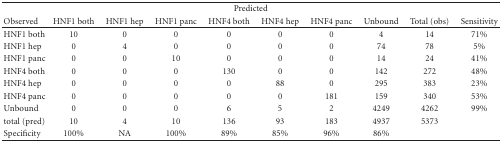
<table><thead><tr><td colspan="10"><b>Predicted</b></td></tr><tr><td><b>Observed</b></td><td><b>HNF1both</b></td><td><b>HNF1hep</b></td><td><b>HNF1panc</b></td><td><b>HNF4both</b></td><td><b>HNF4hep</b></td><td><b>HNF4panc</b></td><td><b>Unbound</b></td><td><b>Total(obs)</b></td><td><b>Sensitivity</b></td></tr></thead><tbody><tr><td>HNF1both</td><td>10</td><td>0</td><td>0</td><td>0</td><td>0</td><td>0</td><td>4</td><td>14</td><td>71%</td></tr><tr><td>HNF1hep</td><td>0</td><td>4</td><td>0</td><td>0</td><td>0</td><td>0</td><td>74</td><td>78</td><td>5%</td></tr><tr><td>HNF1panc</td><td>0</td><td>0</td><td>10</td><td>0</td><td>0</td><td>0</td><td>14</td><td>24</td><td>41%</td></tr><tr><td>HNF4both</td><td>0</td><td>0</td><td>0</td><td>130</td><td>0</td><td>0</td><td>142</td><td>272</td><td>48%</td></tr><tr><td>HNF4hep</td><td>0</td><td>0</td><td>0</td><td>0</td><td>88</td><td>0</td><td>295</td><td>383</td><td>23%</td></tr><tr><td>HNF4panc</td><td>0</td><td>0</td><td>0</td><td>0</td><td>0</td><td>181</td><td>159</td><td>340</td><td>53%</td></tr><tr><td>Unbound</td><td>0</td><td>0</td><td>0</td><td>6</td><td>5</td><td>2</td><td>4249</td><td>4262</td><td>99%</td></tr><tr><td>total(pred)</td><td>10</td><td>4</td><td>10</td><td>136</td><td>93</td><td>183</td><td>4937</td><td>5373</td><td></td></tr><tr><td>Specificity</td><td>100%</td><td>NA</td><td>100%</td><td>89%</td><td>85%</td><td>96%</td><td>86%</td><td></td><td></td></tr></tbody></table>